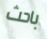
باحث